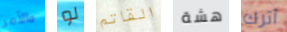
والأمر لو القاتم هشة أترك